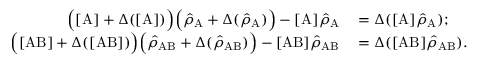
\begin{array} { r l } { \Big ( [ \mathrm { A } ] + \Delta ( [ \mathrm { A } ] ) \Big ) \Big ( \hat { \rho } _ { \mathrm { A } } + \Delta ( \hat { \rho } _ { \mathrm { A } } ) \Big ) - [ \mathrm { A } ] \hat { \rho } _ { \mathrm { A } } } & { { } = \Delta ( [ \mathrm { A } ] \hat { \rho } _ { \mathrm { A } } ) ; } \\ { \Big ( [ \mathrm { A B } ] + \Delta ( [ \mathrm { A B } ] ) \Big ) \Big ( \hat { \rho } _ { \mathrm { A B } } + \Delta ( \hat { \rho } _ { \mathrm { A B } } ) \Big ) - [ \mathrm { A B } ] \hat { \rho } _ { \mathrm { A B } } } & { { } = \Delta ( [ \mathrm { A B } ] \hat { \rho } _ { \mathrm { A B } } ) . } \end{array}